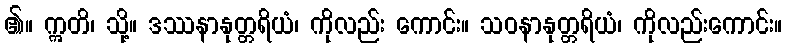
၏။ ဣတိ၊ သို့။ ဒဿနာနုတ္တရိယံ၊ ကိုလည်း ကောင်း။ သဝနာနုတ္တရိယံ၊ ကိုလည်းကောင်း။